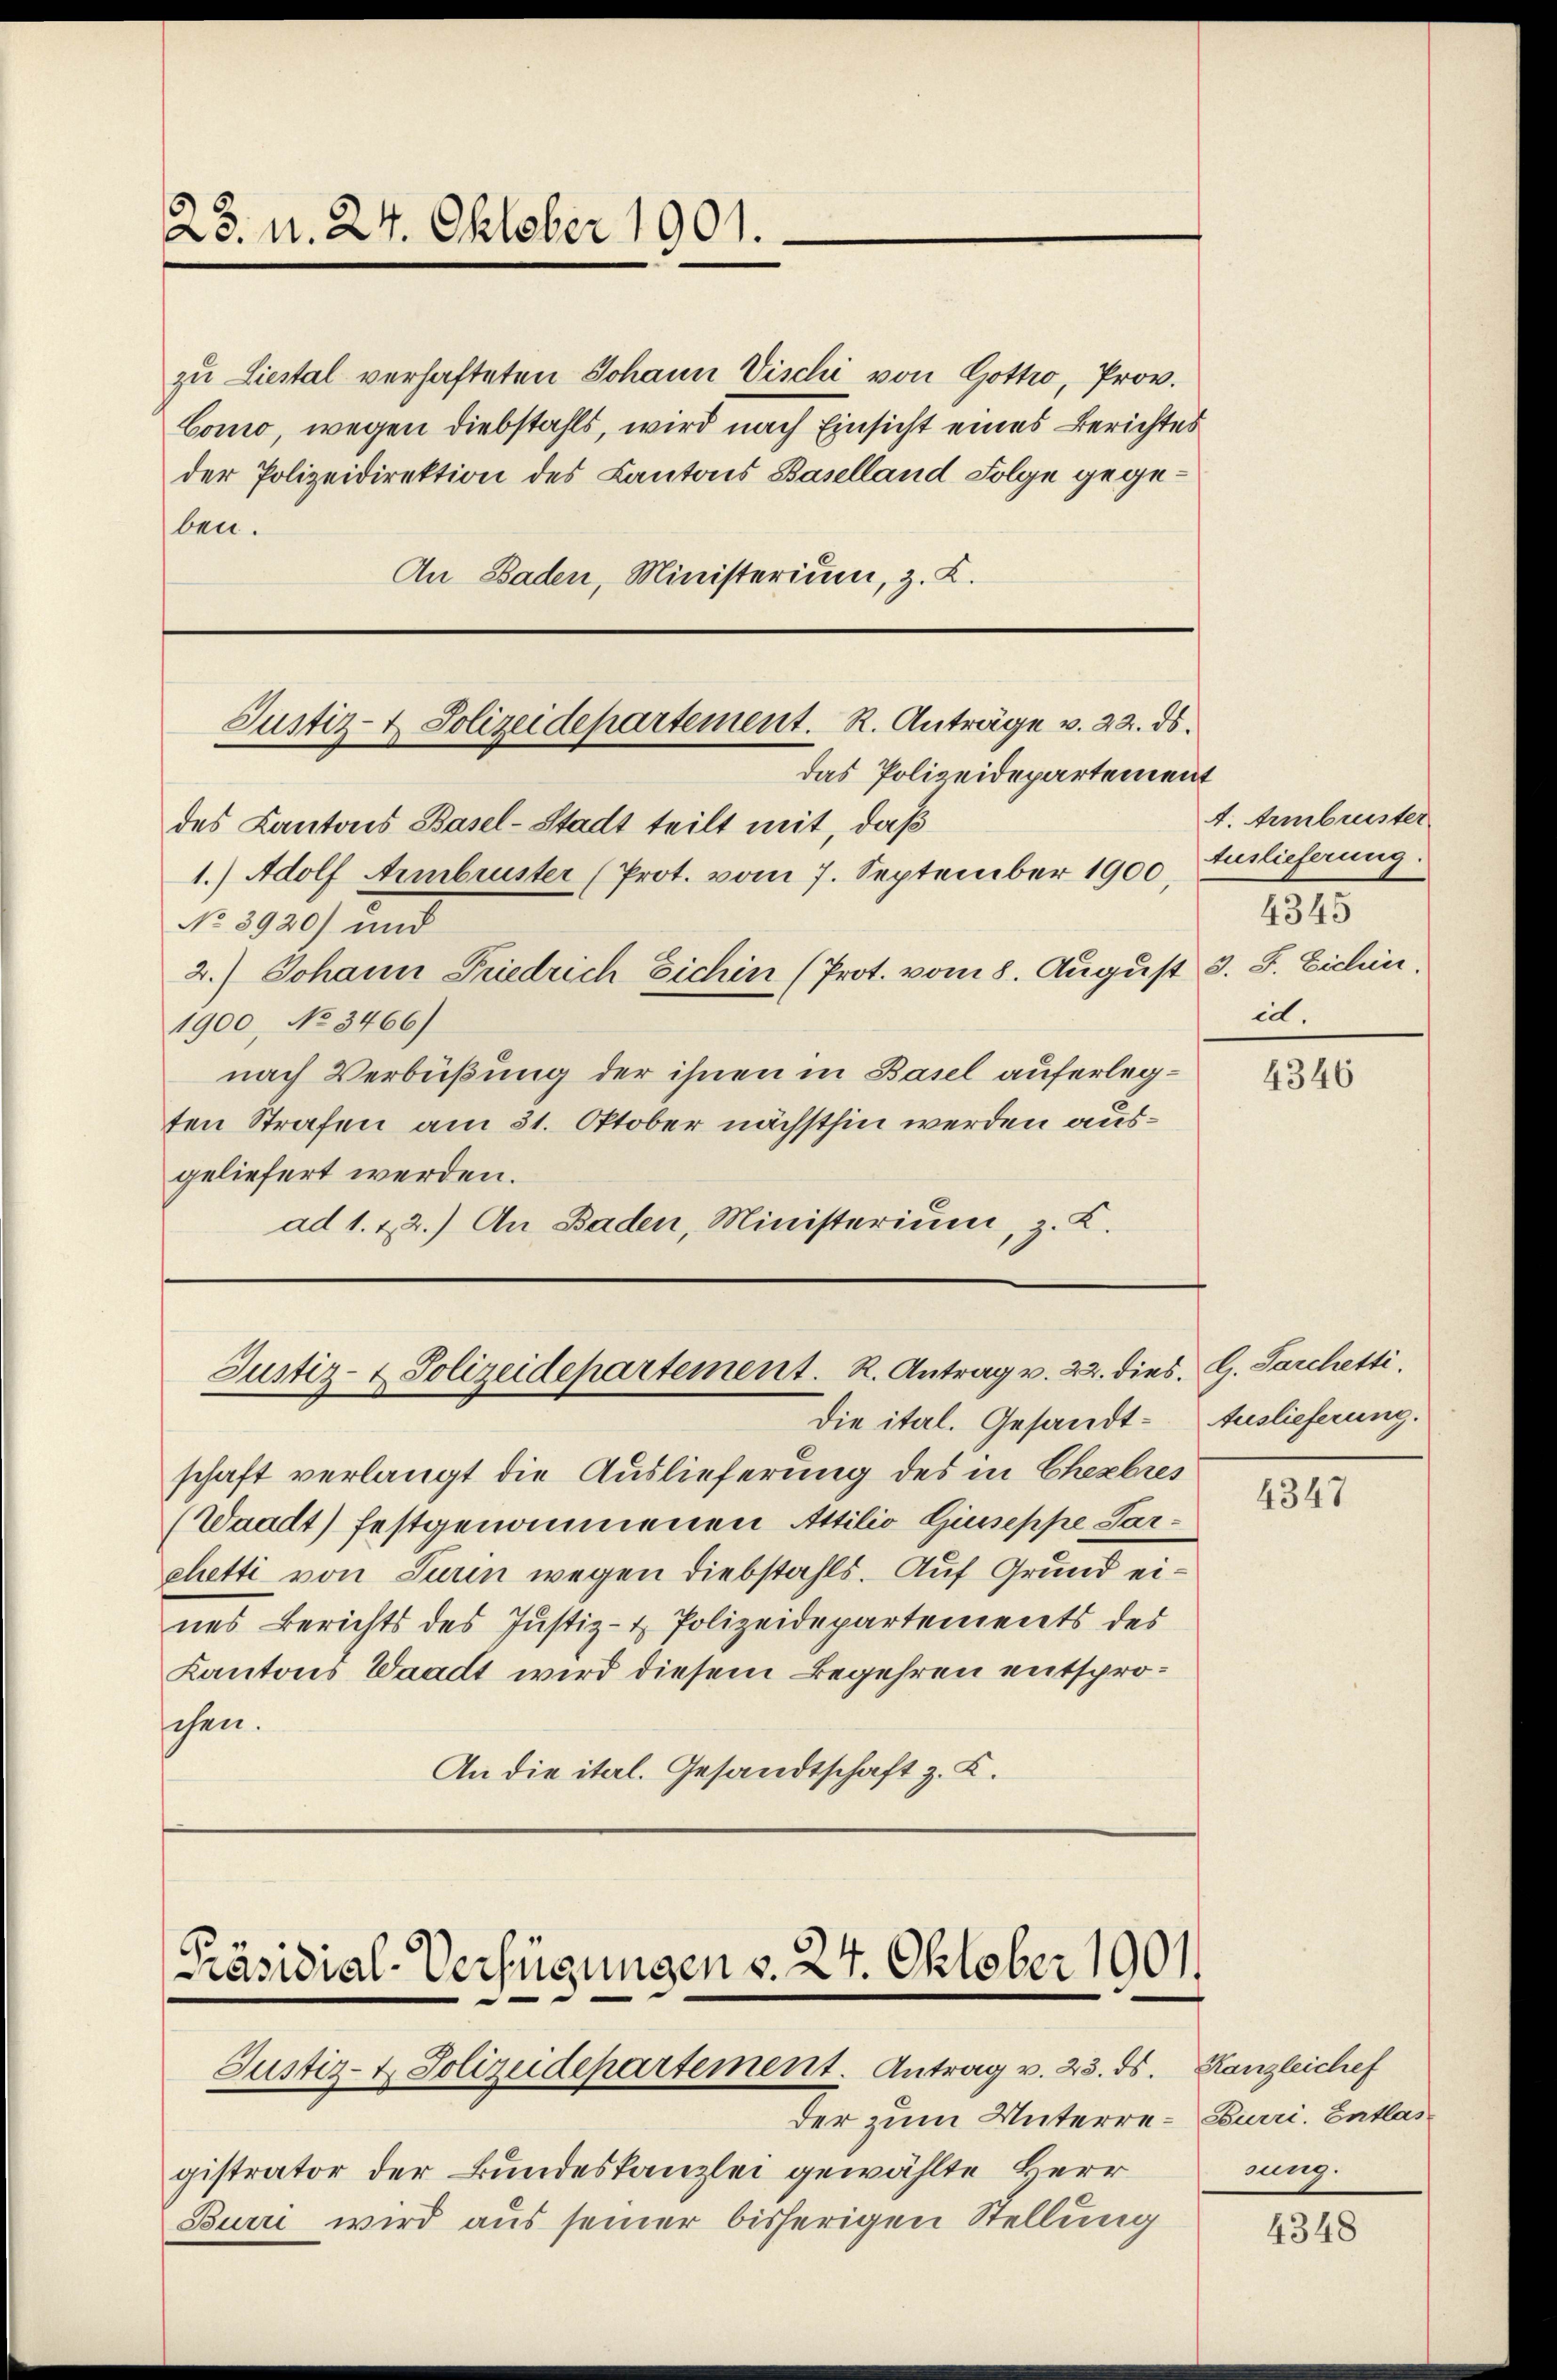
25. d. 24. Oktober 1901.

zu Liestal verhafteten Johann Vischi von Gottro, Prov.
Como, wegen diebstahls, wird nach Einsicht eines Berichtes
der Polizeidirektion des Cantons Baselland Folge gegeben.
An Baden, Ministerium, z. B.

Justiz- & Polizeidepartement. R. Anträge v. 22. ds.

Justiz- & Polizeidepartement. R. Antrag v. 22. dies. G. Sarchetti.

das Polizeidepartement
des Kantons Basel-Stadt teilt mit, daß
1.) Adolf Armbruster (Prot. vom 7. September 1900,
No 8920 und
2.) Johann Friedrich Eichin (Prot. vom 8. August 3. S. Eichin,
1900, No 3466)
nach Verbüßung der ihnen in Basel auferlegten Strafen am 31. Oktober nächsthin werden ausgeliefert werden.
ad 1. 22.) An Baden, Ministerium, z. K.

Präsidial-Verfügungen v. 24. Oktober 1901.
Justiz- & Polizeidepartement. Antrag v. 23. ds. Kanzleichef

der zum Unterre-Eurri. Entlas
gistrator der Bundeskanzlei gewählte Herr
Burri wird aus seiner bisherigen Stellung

A. Ambrister
Auslieferung.
4345
id.

die ital. Gesandt- Auslieferung.
schaft verlangt die Auslieferung des in Cheebres
(Waadt) festgenommenen Attilio Giuseppe Sarchetti von Turin wegen Diebstahls. Auf Grund eines Berichts des Justiz- & Polizeidepartements des
Kantons Waadt wird diesem Begehren entsproschen.
An die ital. Gesandtschaft z. B.

4346

4347

nung.

4348